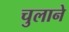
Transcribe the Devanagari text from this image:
चुलाने